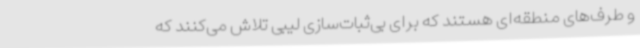
و طرف‌های منطقه‌ای هستند که برای بی‌ثبات‌سازی لیبی تلاش می‌کنند که